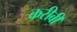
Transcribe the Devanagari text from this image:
करीबी